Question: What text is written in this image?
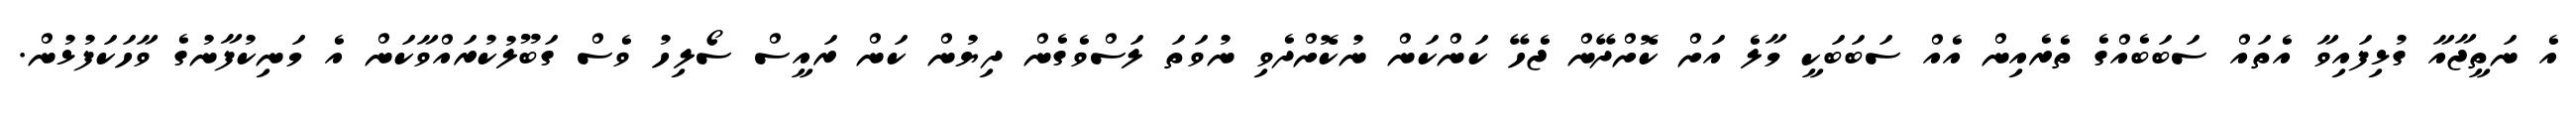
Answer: އެ ނަތީޖާއާ ގުޅިފައިވާ އެތައް ސަބަބެއްގެ ތެރެއިން އެއް ސަބަބަކީ މާލެ އަށް ކޮށްދޭން ޖެހޭ ކަންކަން ނުކޮށްދެވި ނުވަތަ ލަސްވެގެން ދިޔުން ކަން ރައީސް ސޯލިހު ވެސް ގަބޫލުކުރައްވާކަން އެ މަނިކުފާނުގެ ވާހަކަފުޅުން.